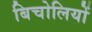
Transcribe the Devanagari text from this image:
बिचोलियों